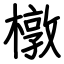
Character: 橔